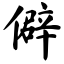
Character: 僻